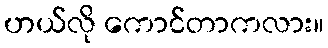
ဟယ်လို ကောင်တာကလား။